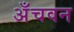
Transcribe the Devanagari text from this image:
अँचवन